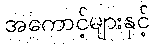
အကောင့်များနှင့်